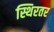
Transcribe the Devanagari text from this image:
स्थिरतर